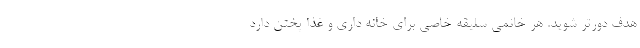
هدف دورتر شوید. هر خانمی سلیقه خاصی برای خانه داری و غذا پختن دارد